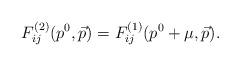
LaTeX: \begin{align*}F^{(2)}_{i j} (p^0, \vec{p}) = F^{(1)}_{i j} (p^0 + \mu, \vec{p}) .\end{align*}